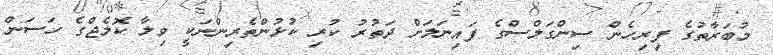
މުބަރާތުގެ ފިރިހެން ސިންގަލްސްގެ ފައިނަލަށް ދަތުރު ކުރި ކުޅުންތެރިންނަކީ ވިލާ ކޮލެޖްގެ ހަސަން